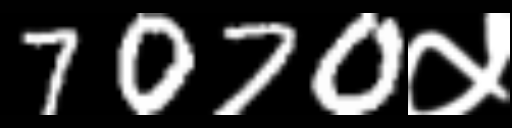
Text: 7070५